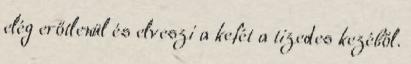
elég erőtlenül és elveszi a kefét a tizedes kezéből.